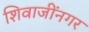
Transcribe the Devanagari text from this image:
शिवाजींनगर